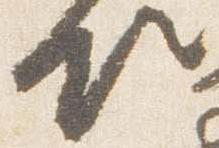
候